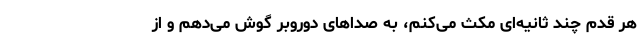
هر قدم چند ثانیه‌ای مکث می‌کنم، به صداهای دوروبر گوش می‌دهم و از